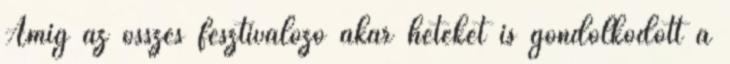
Amíg az összes fesztiválozó akár heteket is gondolkodott a